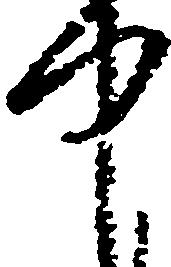
中